Jaan_Tonisson_(Lasteleht), lk 70
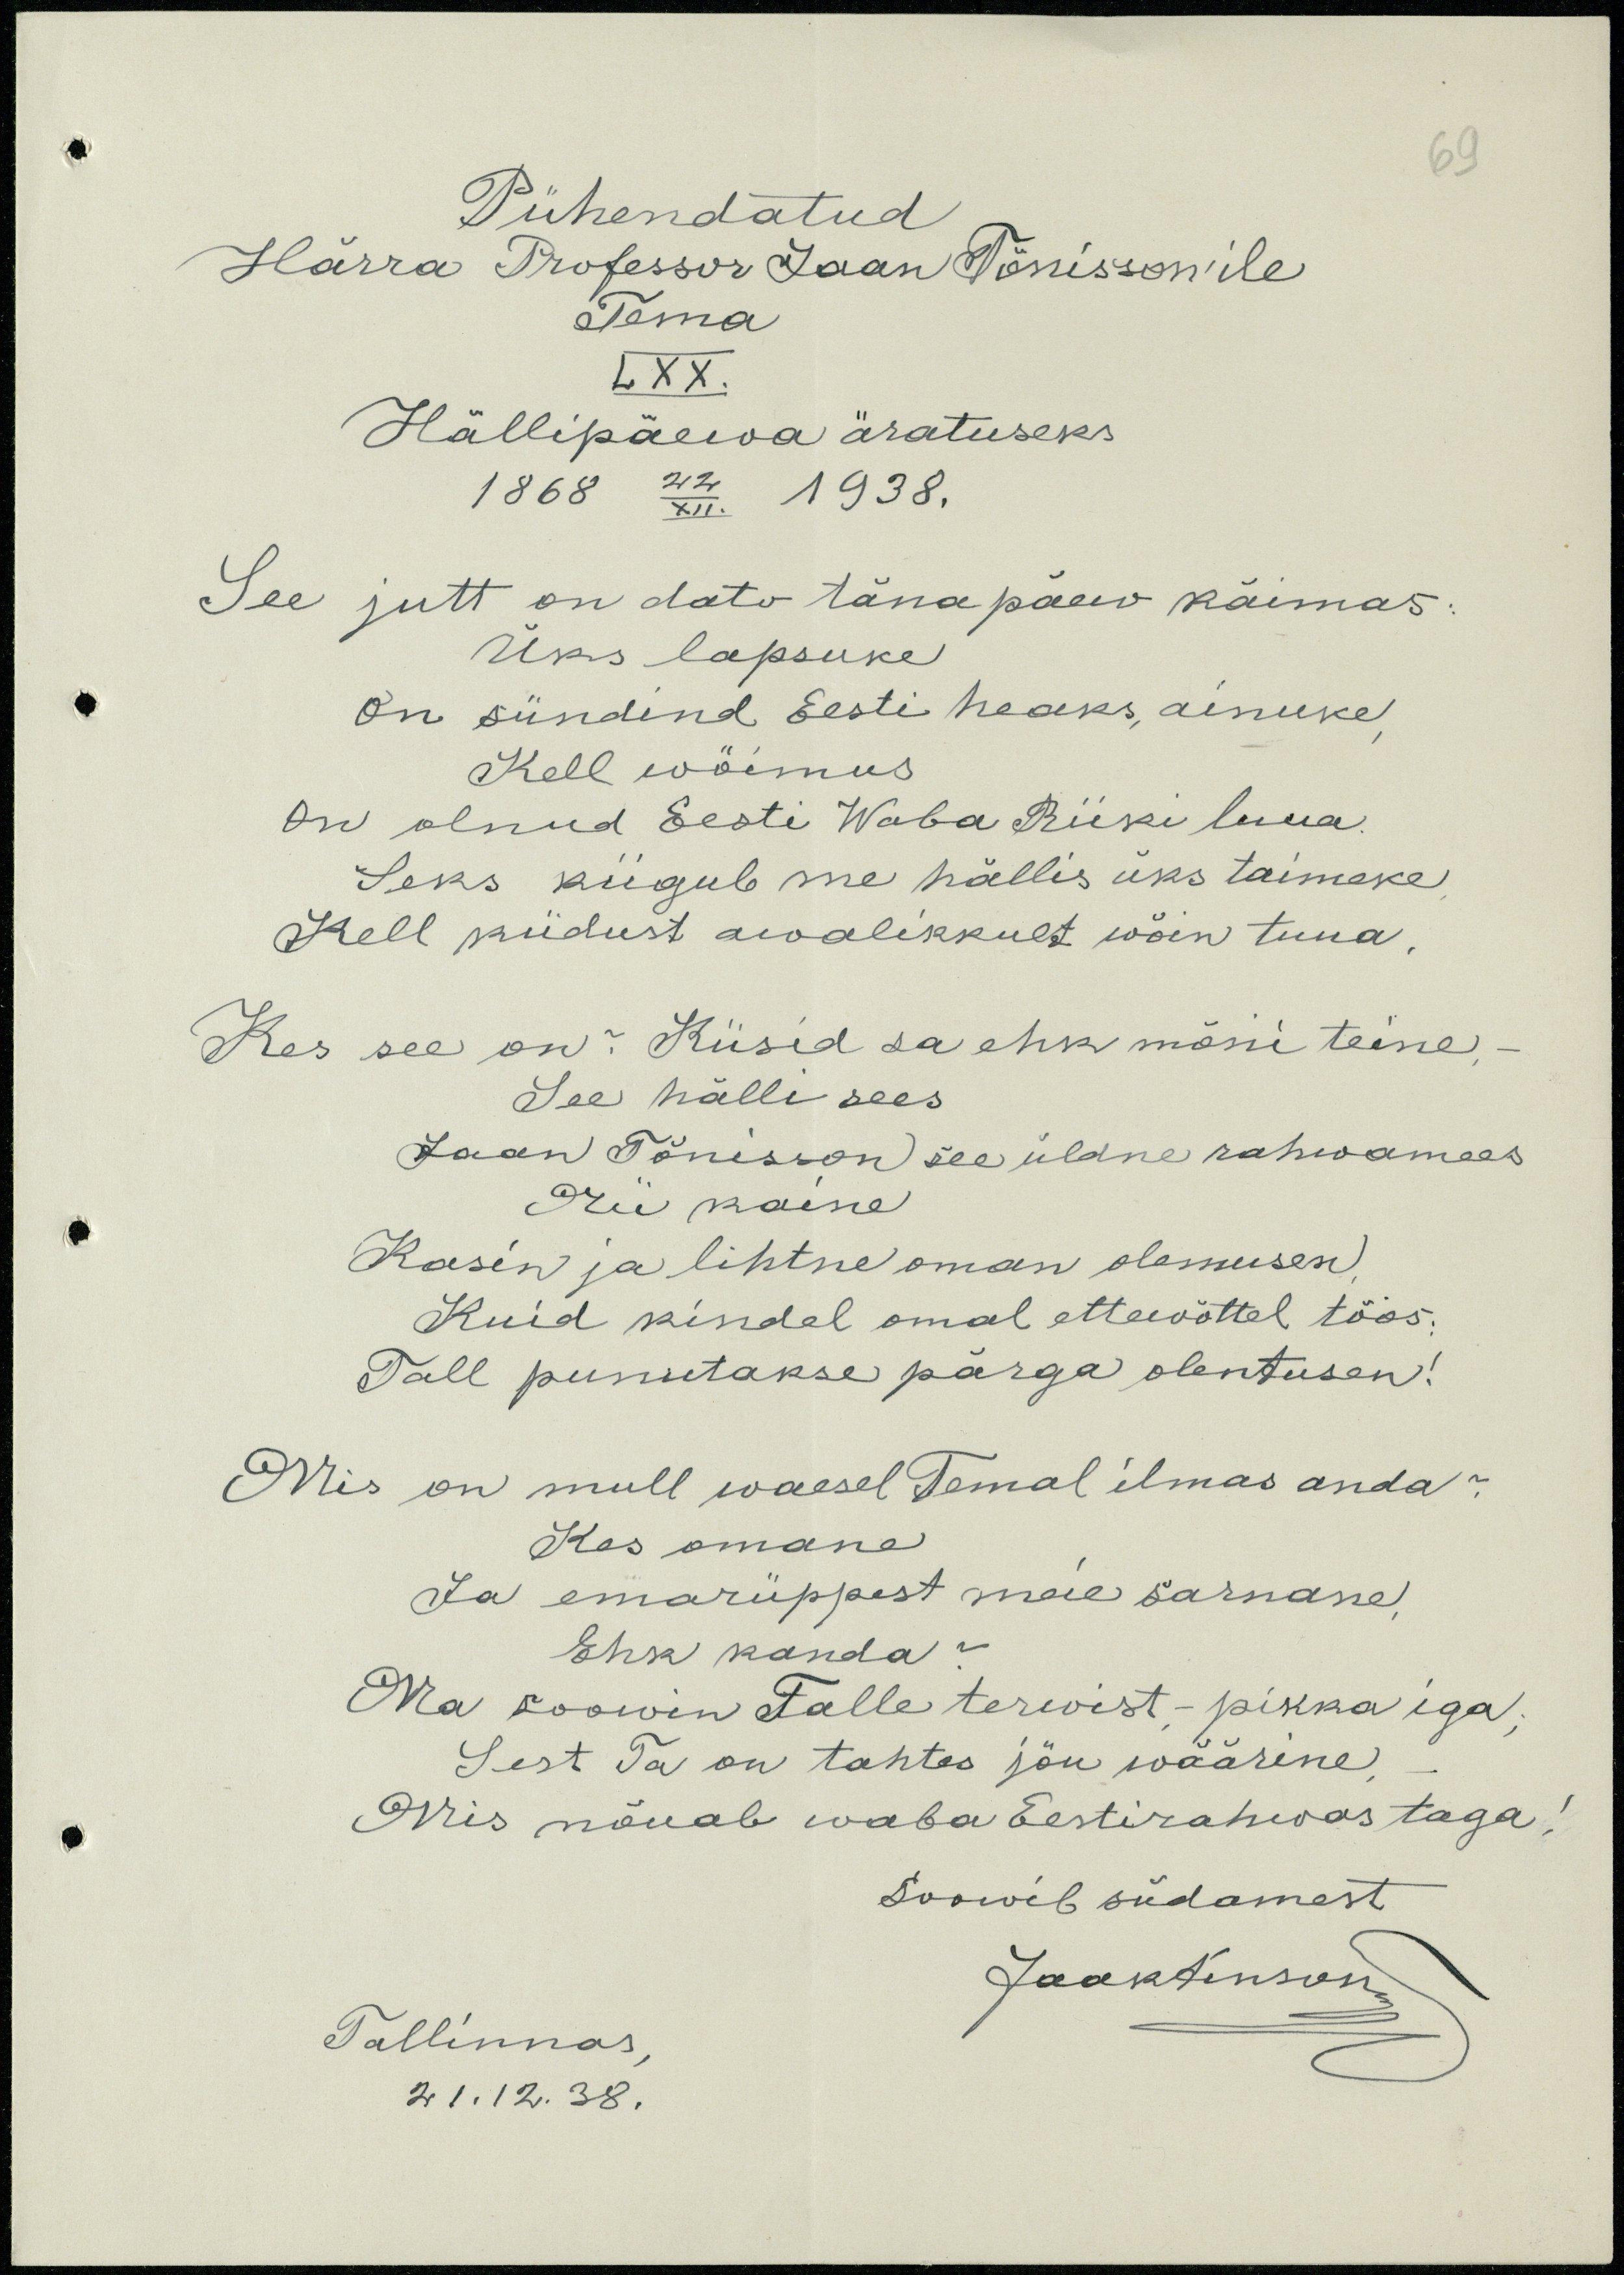
69
Pühendatud
Härra professor Jaan Tõnisson'ile
Tema
LXX.
Hällipäewa äratuseks
1868 22/XII 1938.
See jutt on dato täna päew käimas.
Üks lapsuke
On sündind Eesti heaks, ainuke,
Kell wöimus
On olnud Eesti Waba Riiki luua
Seks kiigub me hällis üks taimeke,
Kell kiidust awalikkult wõin tuua,
Kes see on: Küsid sa ehk mõni teine,
See hälli sees
Jaan Tõnisson see üldne rahwamees
Nii kaine
Kasin ja lihtne oman olemusen
Kuid kindel omal ettewõttel töös.
Tall punutakse pärga olentusen!
Mis on mull waesel Temal ilmas anda?
Kes omane
Ja emarüppest meie sarnane,
Ehk kanda
Ma soowin Talle tervist - pikka iga,
Sest Ta on tahtes jõu wäärine,
Mis nõuab waba Eestirahwas taga!
Soowib südamest
Jaaktenson
Tallinnas,
21.12.38.